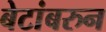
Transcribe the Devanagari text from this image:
बेटांबरुन